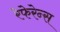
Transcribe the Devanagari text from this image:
रेफेरेन्‍स